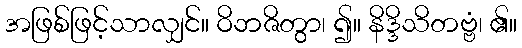
အဖြစ်ဖြင့်သာလျှင်။ ဝိဘဇိတွာ၊ ၍။ နိဒ္ဒိသိတဗ္ဗံ၊ ၏။